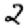
Digit: 2